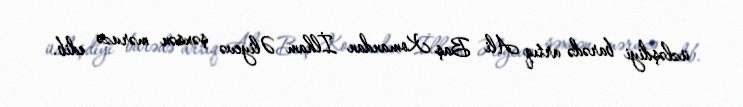
üzləşdiyi barədə artıq Ali Baş Komandan İlham Əliyevə şəxsən məruzə edib.